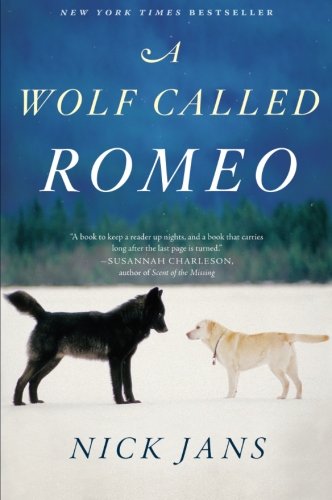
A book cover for A Wolf Called Romeo; Nick Jans; Crafts, Hobbies & Home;